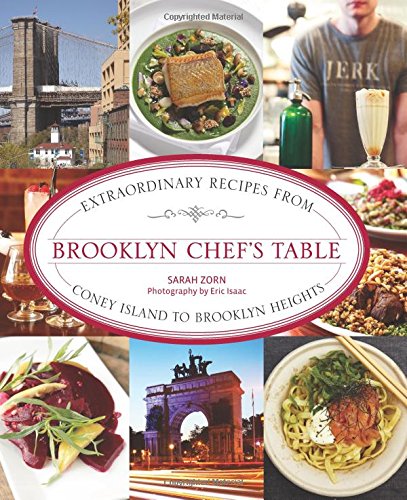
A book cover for Brooklyn Chef's Table: Extraordinary Recipes From Coney Island To Brooklyn Heights; Sarah Zorn; Cookbooks, Food & Wine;